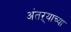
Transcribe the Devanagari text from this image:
अंतऱ्याच्या